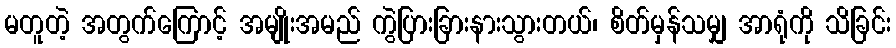
မတူတဲ့ အတွက်ကြောင့် အမျိုးအမည် ကွဲပြားခြားနားသွားတယ်၊ စိတ်မှန်သမျှ အာရုံကို သိခြင်း